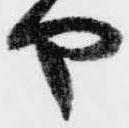
や